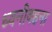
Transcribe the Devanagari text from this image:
ध्वनीवहना